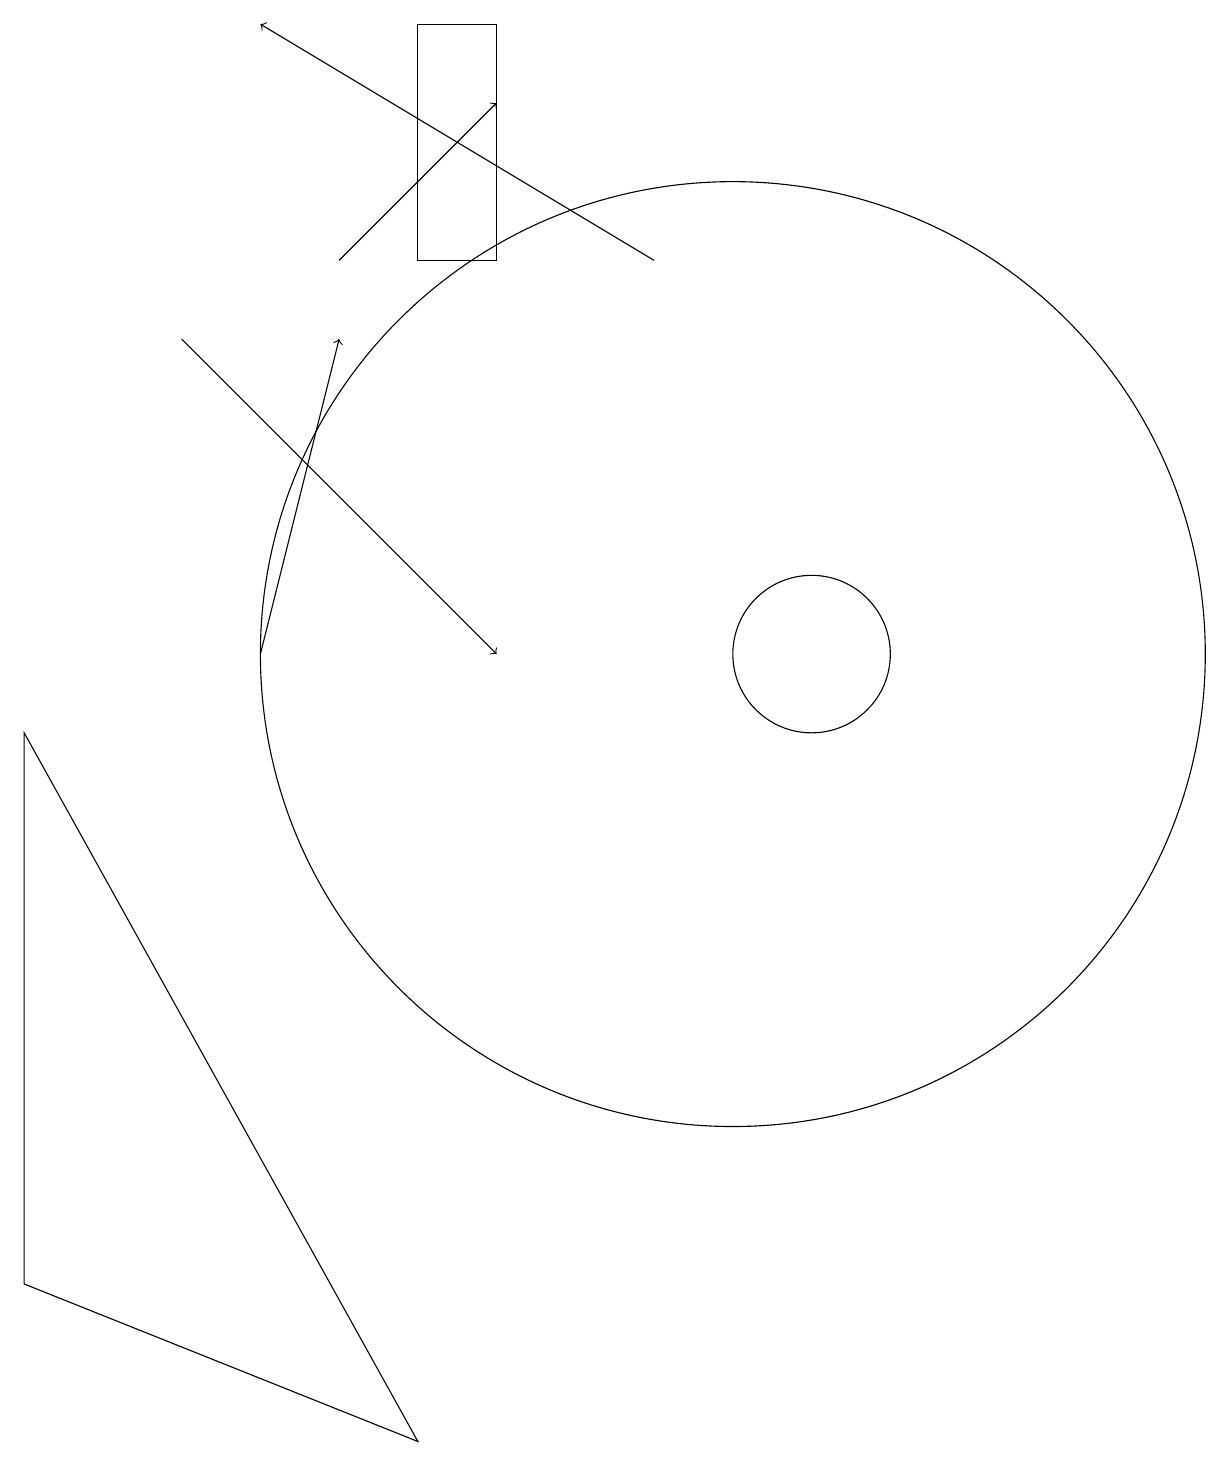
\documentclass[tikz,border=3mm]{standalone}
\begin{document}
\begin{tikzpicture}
\draw[->] (3,14) -- (7,10);
\draw (1,9) -- (6,0) -- (1,2) -- cycle;
\draw (6,15) rectangle (7,18);
\draw[->] (4,10) -- (5,14);
\draw (11,10) circle (1);
\draw[->] (9,15) -- (4,18);
\draw (10,10) circle (6);
\draw[->] (5,15) -- (7,17);
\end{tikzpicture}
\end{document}